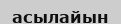
асылайын